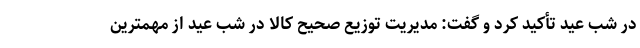
در شب عید تأکید کرد و گفت: مدیریت توزیع صحیح کالا در شب عید از مهمترین